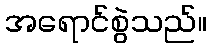
အရောင်စွဲသည်။